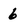
Character: 6